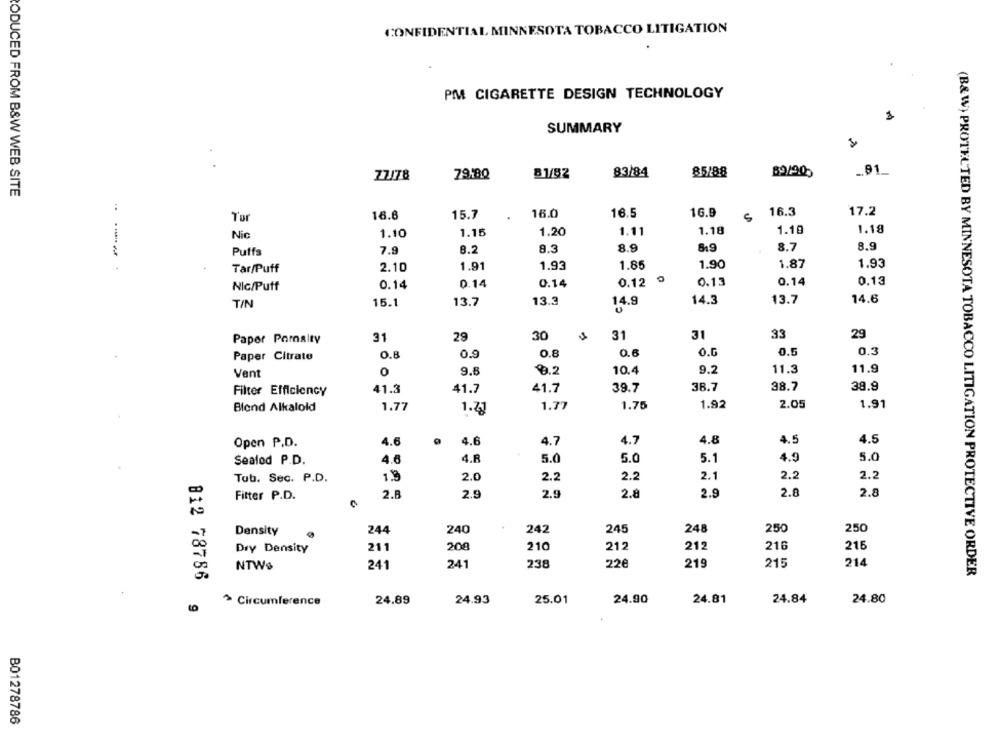
CONFIDENTIAL MINNESOTA TOBACCO LITIGATION
PM CIGARETTE DESIGN TECHNOLOGY
SUMMARY
77/78
7919Q
B1/B2
83/84
85/88
89/90
_01_
ODUCED FROM B&W WEB SITE
16.6
15.7
16.0
16.5
16.9
5
16.3
17.2
Tor
1.11
1.18
1.19
1.18
Nic
1.10
1.15
1.20
Puffa
7.9
8.2
8.3
8.9
8.7
8.9
Tar/Puff
2.10
1.91
1.93
1.85
1.90
1.87
1.93
0.14
0.12
0.13
0.14
0.13
Nic/Puff
0.14
0.14
T/N
15.1
13.7
13.3
14.9
14.3
13.7
14.6
29
Paper Pornalty
31
29
30
31
31
33
Paper Citrate
0.8
0.9
0.8
0.6
O.G
0.5
0.3
0
9.6
0.2
10.4
9.2
11.3
11.9
Vent
Filter Efficiency
41.3
41.7
41.7
39.7
38.7
38.7
38.9
Blend Alkalold
1.77
1.77
1.75
1.92
2.05
1.91
1.71
Open P.D.
4.6
4.6
4.7
4.7
4.8
4.5
4.5
Sealod P.D.
4.6
4.R
5.0
5.0
5.1
4.9
5.0
2.2
2.1
2.2
2.2
Tub. Sec. P.D.
1.9
2.0
2.2
Fitter P.D.
2.8
2.9
2.9
2.8
2.9
2.8
2.8
Density
244
240
242
245
248
250
250
Dry Density
211
200
210
212
212
216
215
241
241
238
22€
219
215
214
NTWs
(B&W) PROTECTED BY MINNESOTA TOBACCO LITIGATION PROTECTIVE ORDER
812 78786
> Circumference
24.89
24.93
25.01
24.90
24.81
24.84
24.80
B01278786